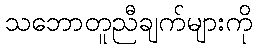
သဘောတူညီချက်များကို